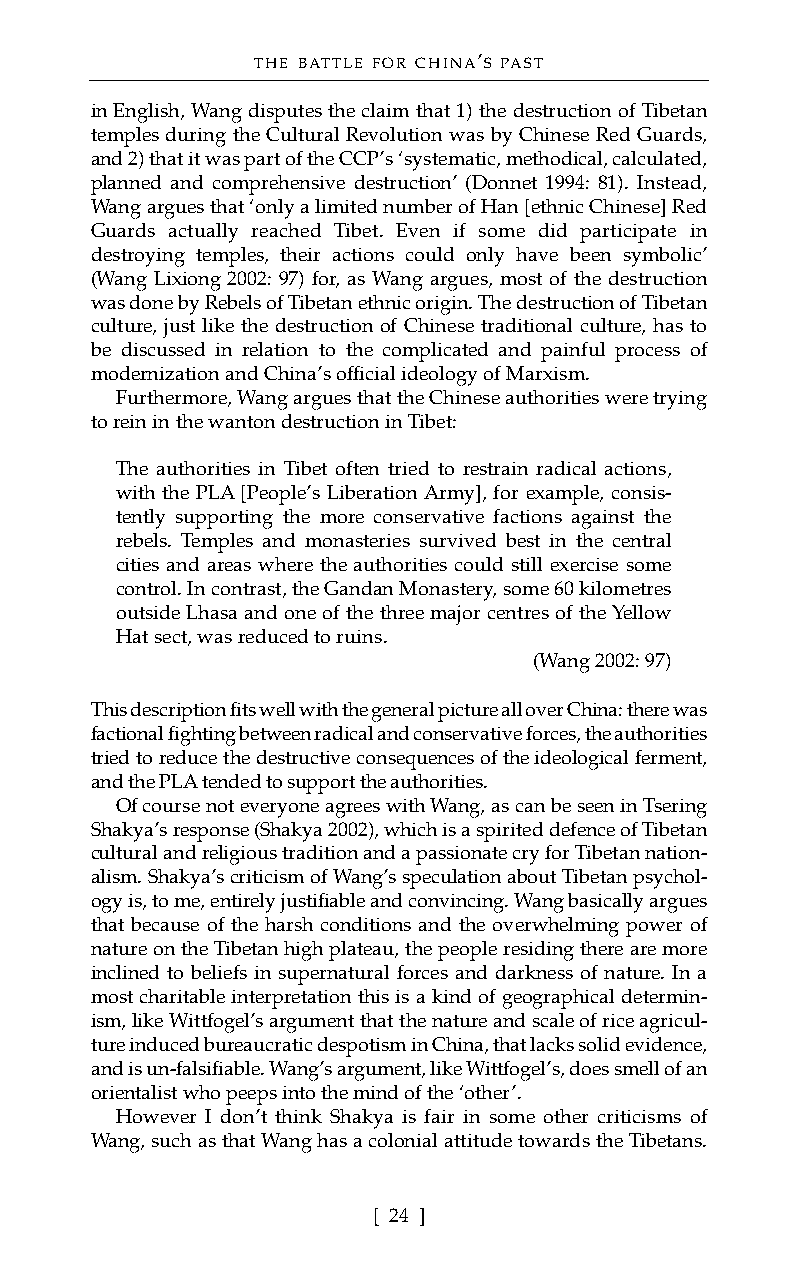
THE BATTLE FOR CHINA’S PAST
 in English, Wang disputes the claim that 1) the destruction of Tibetan
 temples during the Cultural Revolution was by Chinese Red Guards,
 and 2) that it was part of the CCP’s ‘systematic, methodical, calculated,
 planned and comprehensive destruction’ (Donnet 1994: 81). Instead,
 Wang argues that ‘only a limited number of Han [ethnic Chinese] Red
 Guards actually reached Tibet. Even if some did participate in
 destroying temples, their actions could only have been symbolic’
 (Wang Lixiong 2002: 97) for, as Wang argues, most of the destruction
 was done by Rebels of Tibetan ethnic origin. The destruction of Tibetan
 culture, just like the destruction of Chinese traditional culture, has to
 be discussed in relation to the complicated and painful process of
 modernization and China’s official ideology of Marxism.
 Furthermore, Wang argues that the Chinese authorities were trying
 to rein in the wanton destruction in Tibet:
 The authorities in Tibet often tried to restrain radical actions,
 with the PLA [People’s Liberation Army], for example, consis-
 tently supporting the more conservative factions against the
 rebels. Temples and monasteries survived best in the central
 cities and areas where the authorities could still exercise some
 control. In contrast, the Gandan Monastery, some 60 kilometres
 outside Lhasa and one of the three major centres of the Yellow
 Hat sect, was reduced to ruins.
 (Wang 2002: 97)
 This description fits well with the general picture all over China: there was
 factional fighting between radical and conservative forces, the authorities
 tried to reduce the destructive consequences of the ideological ferment,
 and the PLA tended to support the authorities.
 Of course not everyone agrees with Wang, as can be seen in Tsering
 Shakya’s response (Shakya 2002), which is a spirited defence of Tibetan
 cultural and religious tradition and a passionate cry for Tibetan nation-
 alism. Shakya’s criticism of Wang’s speculation about Tibetan psychol-
 ogy is, to me, entirely justifiable and convincing. Wang basically argues
 that because of the harsh conditions and the overwhelming power of
 nature on the Tibetan high plateau, the people residing there are more
 inclined to beliefs in supernatural forces and darkness of nature. In a
 most charitable interpretation this is a kind of geographical determin-
 ism, like Wittfogel’s argument that the nature and scale of rice agricul-
 ture induced bureaucratic despotism in China, that lacks solid evidence,
 and is un-falsifiable. Wang’s argument, like Wittfogel’s, does smell of an
 orientalist who peeps into the mind of the ‘other’.
 However I don’t think Shakya is fair in some other criticisms of
 Wang, such as that Wang has a colonial attitude towards the Tibetans.
 [ 24 ]